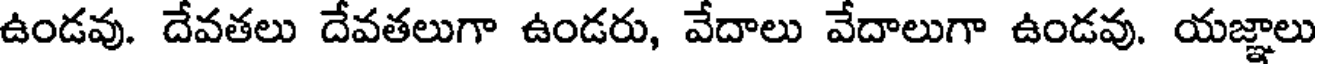
ఉండవు. దేవతలు దేవతలుగా ఉండరు, వేదాలు వేదాలుగా ఉండవు. యజ్ఞాలు